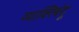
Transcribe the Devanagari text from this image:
व्याक्त्बिंदू